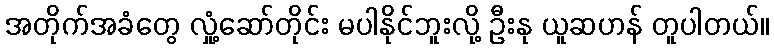
အတိုက်အခံတွေ လှုံ့ဆော်တိုင်း မပါနိုင်ဘူးလို့ ဦးနု ယူဆဟန် တူပါတယ်။